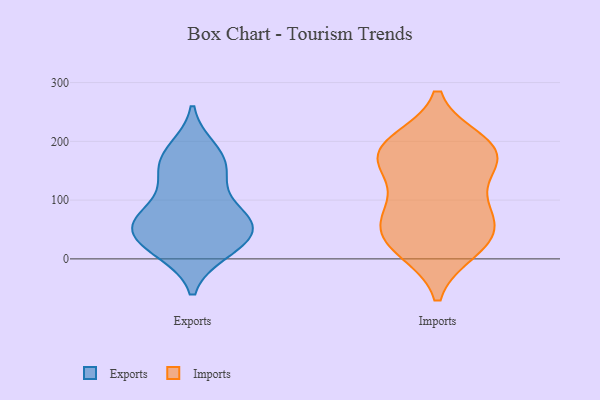
{"axis": {"x": "Tickets Resolved", "y": "Value"}, "legend": ["Exports", "Imports"], "data": [{"x": "", "y": 65, "type": "Exports"}, {"x": "", "y": 47, "type": "Exports"}, {"x": "", "y": 47, "type": "Exports"}, {"x": "", "y": 83, "type": "Exports"}, {"x": "", "y": 179, "type": "Exports"}, {"x": "", "y": 18, "type": "Exports"}, {"x": "", "y": 17, "type": "Exports"}, {"x": "", "y": 186, "type": "Exports"}, {"x": "", "y": 142, "type": "Exports"}, {"x": "", "y": 54, "type": "Exports"}, {"x": "", "y": 159, "type": "Exports"}, {"x": "", "y": 140, "type": "Exports"}, {"x": "", "y": 73, "type": "Exports"}, {"x": "", "y": 62, "type": "Exports"}, {"x": "", "y": 13, "type": "Exports"}, {"x": "", "y": 177, "type": "Imports"}, {"x": "", "y": 199, "type": "Imports"}, {"x": "", "y": 67, "type": "Imports"}, {"x": "", "y": 15, "type": "Imports"}, {"x": "", "y": 156, "type": "Imports"}, {"x": "", "y": 58, "type": "Imports"}, {"x": "", "y": 95, "type": "Imports"}, {"x": "", "y": 192, "type": "Imports"}, {"x": "", "y": 91, "type": "Imports"}, {"x": "", "y": 193, "type": "Imports"}, {"x": "", "y": 28, "type": "Imports"}, {"x": "", "y": 48, "type": "Imports"}, {"x": "", "y": 18, "type": "Imports"}, {"x": "", "y": 160, "type": "Imports"}, {"x": "", "y": 172, "type": "Imports"}]}